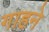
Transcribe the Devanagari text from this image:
गाहने